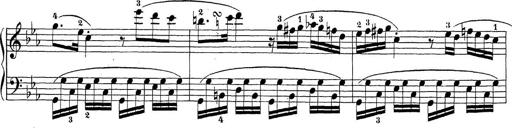
Title: Sonatina Album
Composer: Louis KÃ¶hler